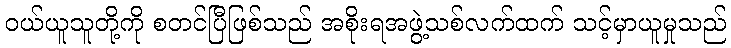
ဝယ်ယူသူတို့ကို စတင်ပြီဖြစ်သည် အစိုးရအဖွဲ့သစ်လက်ထက် သင့်မှာယူမှုသည်